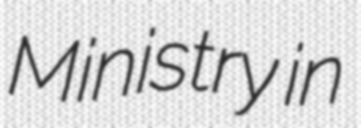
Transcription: Ministry in